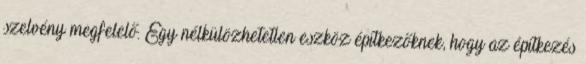
szelvény megfelelő. Egy nélkülözhetetlen eszköz építkezőknek, hogy az építkezés